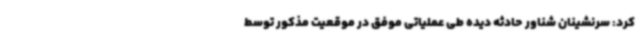
کرد: سرنشینان شناور حادثه دیده طی عملیاتی موفق در موقعیت مذکور توسط